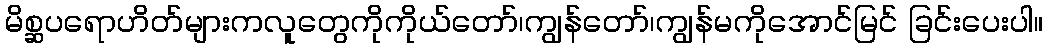
မိစ္ဆပရောဟိတ်များကလူတွေကိုကိုယ်တော်၊ကျွန်တော်၊ကျွန်မကိုအောင်မြင် ခြင်းပေးပါ။